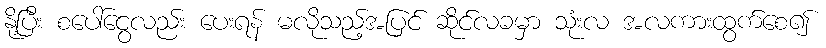
နို့ပြီး စပေါ်ငွေလည်း ပေးရန် မလိုသည့်အပြင် ဆိုင်လခမှာ သုံးလ အလကားထွက်စေ၍